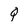
Character: Q